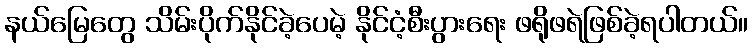
နယ်မြေတွေ သိမ်းပိုက်နိုင်ခဲ့ပေမဲ့ နိုင်ငံ့စီးပွားရေး ဖရိုဖရဲဖြစ်ခဲ့ရပါတယ်။